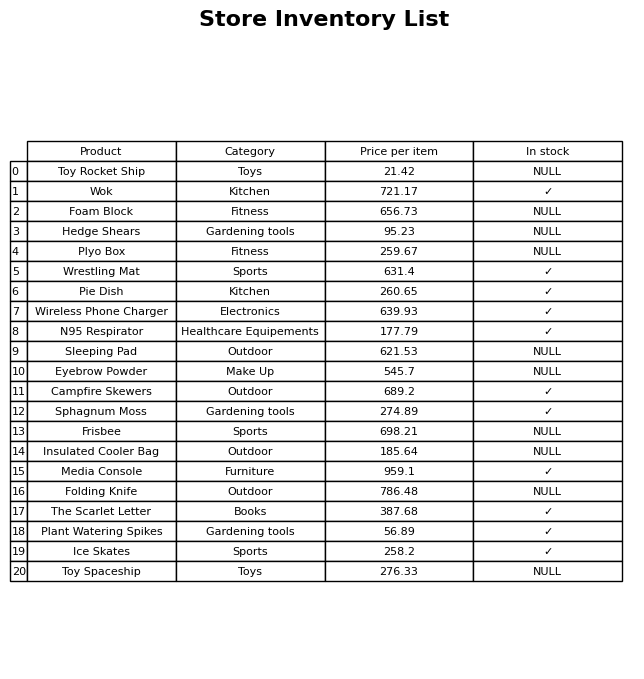
question: What is the price of the Hedge Shears?
answer: The price of Hedge Shears is 95.23.